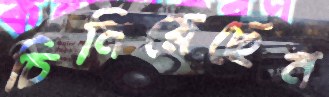
চিনিয়েছেন